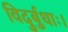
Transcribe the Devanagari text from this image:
विदुर्बुधाः।